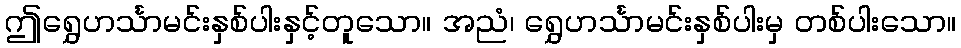
ဤရွှေဟင်္သာမင်းနှစ်ပါးနှင့်တူသော။ အညံ၊ ရွှေဟင်္သာမင်းနှစ်ပါးမှ တစ်ပါးသော။